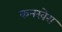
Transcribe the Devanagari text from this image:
कनखेरा